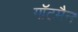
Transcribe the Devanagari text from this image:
गॉटमैन